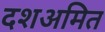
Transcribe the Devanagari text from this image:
दशअमित